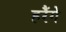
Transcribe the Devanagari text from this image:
हरैंगे